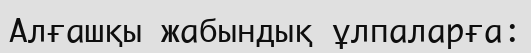
Алғашқы жабындық ұлпаларға: